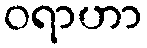
ဝရာဟာ